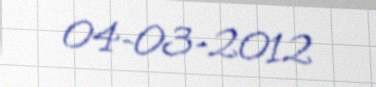
04-03-2012